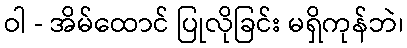
ဝါ - အိမ်ထောင် ပြုလိုခြင်း မရှိကုန်ဘဲ၊